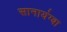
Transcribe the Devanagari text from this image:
सानायंग्बा